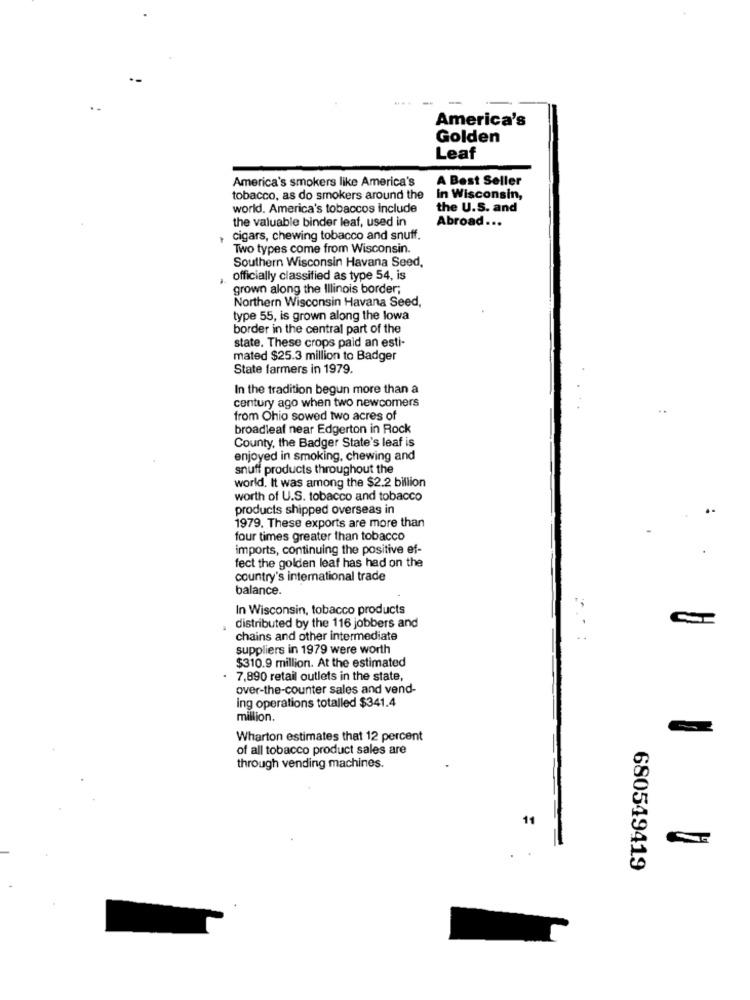
America's
Golden
Leaf
America's smokers like America's
A Best Seller
tobacco, as do smokers around the
In Wisconsin,
world. America's tobaccos include
the U.S. and
the valuable binder leaf, used in
Abroad ...
Cigars, chewing tobacco and snuff.
Two types come from Wisconsin.
Southern Wisconsin Havana Seed,
.
officially classified as type 54, is
grown along the Illinois border;
Northern Wisconsin Havana Seed,
type 55, is grown along the lowa
border in the central part of the
state. These crops paid an esti-
mated $25.3 million to Badger
State farmers in 1979.
In the tradition begun more than a
century ago when two newcomers
from Ohio sowed two acres of
broadleaf near Edgerton in Rock
County, the Badger State's leaf is
enjoyed in smoking, chewing and
snuff products throughout the
world. It was among the $2.2 billion
worth of U.S. tobacco and tobacco
products shipped overseas in
1979. These exports are more than
four times greater than tobacco
imports, continuing the positive ef-
fect the golden leaf has had on the
country's international trade
balance.
In Wisconsin, tobacco products
distributed by the 116 jobbers and
chains and other intermediate
suppliers in 1979 were worth
$310.9 million. At the estimated
7.890 retail outlets in the state,
over-the-counter sales and vend-
ing operations totalled $341.4
million.
Wharton estimates that 12 percent
of all tobacco product sales are
through vending machines.
11
680549419